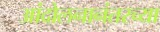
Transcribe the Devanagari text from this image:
आंदोलनानंतरच्या